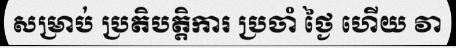
សម្រាប់ ប្រតិបត្តិការ ប្រចាំ ថ្ងៃ ហើយ វា